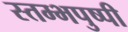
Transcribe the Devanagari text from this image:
स्तम्भपुष्पी